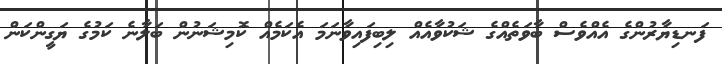
ފަނޑިޔާރުންގެ އެއްވެސް ބާވަތެއްގެ ޝަކުވާއެއް ލިބިފައިވާނަމަ އެކަމެއް ކޮމިޝަނުން ބަލާނެ ކަމުގެ ޔަގީންކަން